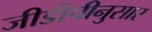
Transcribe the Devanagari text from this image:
जीडीपीनुसार